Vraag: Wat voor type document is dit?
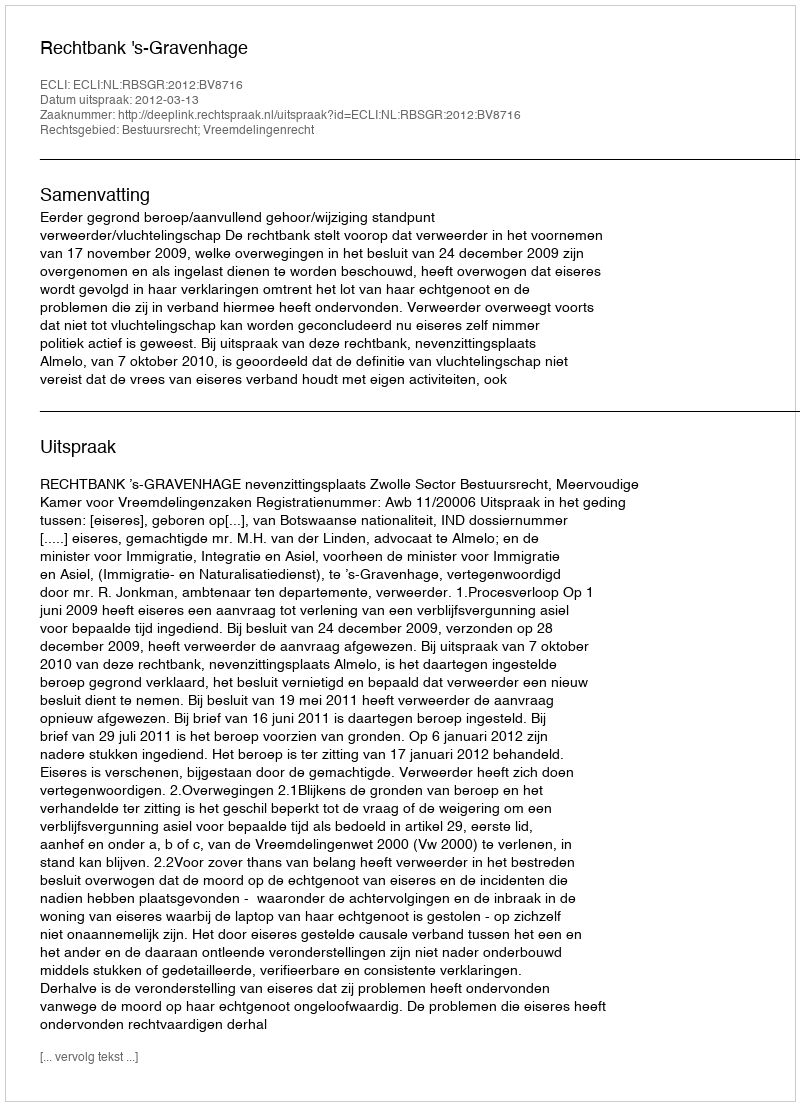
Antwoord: Uitspraak